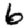
Digit: 6